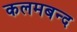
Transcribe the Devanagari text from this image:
कलमबन्द